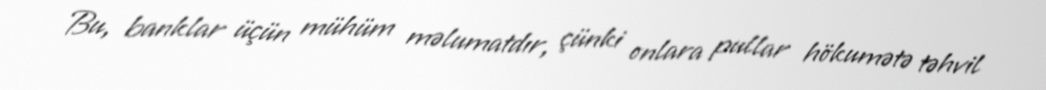
Bu, banklar üçün mühüm məlumatdır, çünki onlara pullar hökumətə təhvil